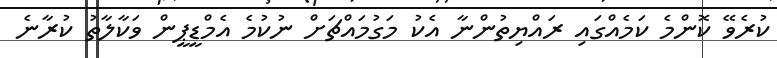
ކުރެވޭ ކޮންމެ ކަމެއްގައި ރައްޔިތުންނާ އެކު މަގުމައްޗަށް ނުކުމެ އެމްޑީޕީން ވަކާލާތު ކުރާނެ